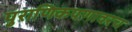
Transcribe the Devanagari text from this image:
पुराणिकपणावरच